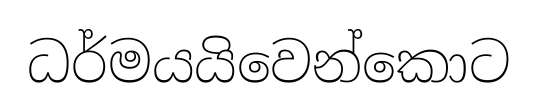
ධර්මයයිවෙන්කොට